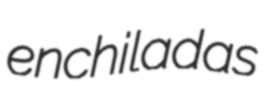
enchiladas